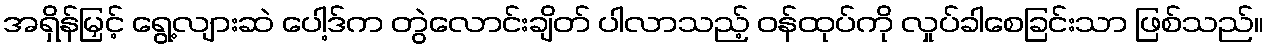
အရှိန်မြှင့် ရွေ့လျားဆဲ ပေါ့ဒ်က တွဲလောင်းချိတ် ပါလာသည့် ဝန်ထုပ်ကို လှုပ်ခါစေခြင်းသာ ဖြစ်သည်။